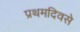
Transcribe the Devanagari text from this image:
प्रथमदिवसे